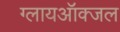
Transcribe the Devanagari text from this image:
ग्लायऑक्जल